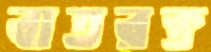
বাতরক্ত